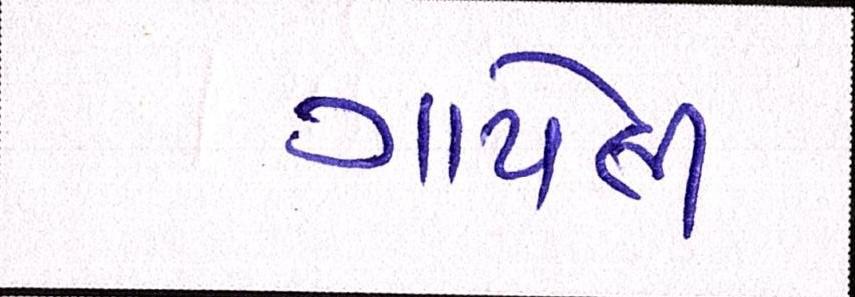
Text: ગાયેલી